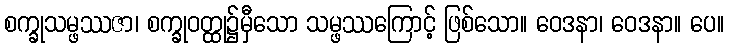
စက္ခုသမ္ဖဿဇာ၊ စက္ခုဝတ္ထု၌မှီသော သမ္ဖဿကြောင့် ဖြစ်သော။ ဝေဒနာ၊ ဝေဒနာ။ ပေ။